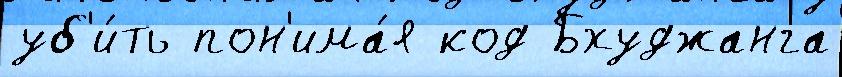
уб'и́ть пон'има́я код Бхуджанга